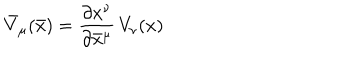
LaTeX: { \bar { V } } _ { \mu } ( \bar { x } ) = \frac { \partial x ^ { \nu } } { \partial { \bar { x } } ^ { \mu } } \, V _ { \nu } ( x )